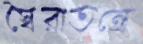
স্বৈরাতন্ত্রে